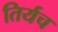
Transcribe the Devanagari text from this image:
तिर्यच